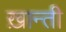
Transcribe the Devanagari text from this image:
ख़ान्ती